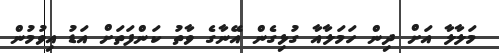
މަލާލާ އަށް ދިން ހަމަލާއާ ގުޅިގެން އޭނާގެ ވާތު ކަންފަތަށް އަޑު އިވުމުން